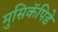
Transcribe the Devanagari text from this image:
मुसिकॅपिडे